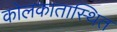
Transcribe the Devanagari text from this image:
कोलकातास्थित